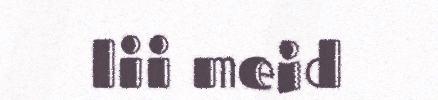
lii meid